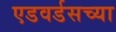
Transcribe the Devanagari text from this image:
एडवर्डसच्या